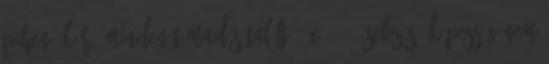
pihenő kör. Minden támadás talált: 8x26=208 sebzés. Képesség nem